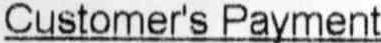
CUSTOMER'S PAYMENT